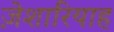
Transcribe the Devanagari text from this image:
ज़ेशारियाह